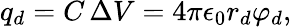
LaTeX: q_{d}=C\, \Delta V=4\pi\epsilon_{0}r_{d}\varphi_{d},